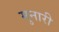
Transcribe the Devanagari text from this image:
मुनारी